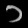
Digit: ၁